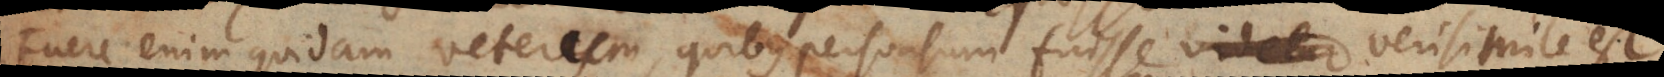
Fuere enim quidam veterum quibus persuasum fuisse videtur verisimile est